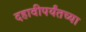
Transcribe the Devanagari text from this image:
दहावीपर्यंतच्या